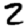
Digit: 2